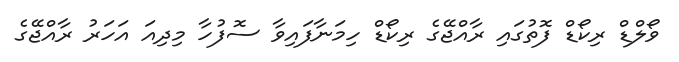
ވޯލްޑް ރިކޯޑް ފޮތުގައި ރާއްޖޭގެ ރިކޯޑް ހިމަނާފައިވާ ސޮފުހާ މިދިއަ އަހަރު ރާއްޖޭގެ